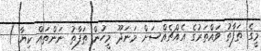
މީގެ ތަފާތު ވައްތަރުގެ އެއްޗެއްސަށް މަނަދޫ މީހުން ތަފާތު ނަންތައް ކިޔާ )